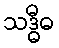
သဒ္ဓီဓ